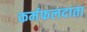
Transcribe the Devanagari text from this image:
कर्मफलदाता